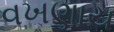
વખણાય